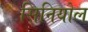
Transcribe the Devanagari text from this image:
सिनियोल